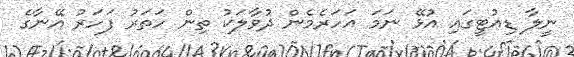
ނީލާ ޑިއުޓީގައި އުޅޭ ނަމަ އަހަރެމެން ދުވާލަކު ތިން ހަތަރު ފަހަރު އޭނާގެ